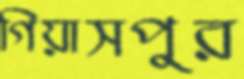
গিয়াসপুর